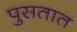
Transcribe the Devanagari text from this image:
पुसतात